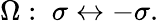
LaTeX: \Omega:\; \sigma\leftrightarrow-\sigma.